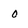
Character: 0